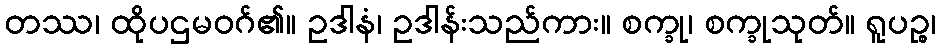
တဿ၊ ထိုပဌမဝဂ်၏။ ဥဒါနံ၊ ဥဒါန်းသည်ကား။ စက္ခု၊ စက္ခုသုတ်။ ရူပဉ္စ၊